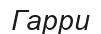
Гарри